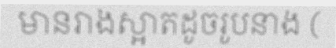
មានរាងស្អាតដូចរូបនាង (